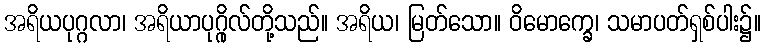
အရိယပုဂ္ဂလာ၊ အရိယာပုဂ္ဂိုလ်တို့သည်။ အရိယ၊ မြတ်သော။ ဝိမောက္ခေ၊ သမာပတ်ရှစ်ပါး၌။